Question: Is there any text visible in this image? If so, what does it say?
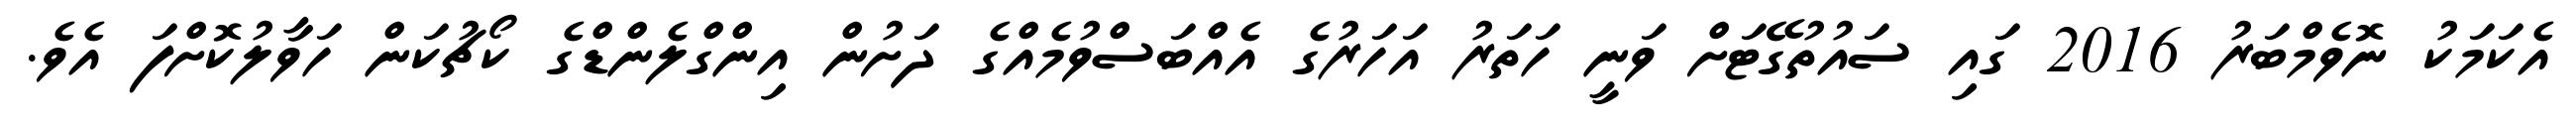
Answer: އެކަމަކު ނޮވެމްބަރު 2016 ގައި ސައުތުގޭޓަށް ވަނީ ހަތަރު އަހަރުގެ އެއްބަސްވުމެއްގެ ދަށުން އިންގްލެންޑްގެ ކޯޗުކަން ހަވާލުކޮށްފަ އެވެ.